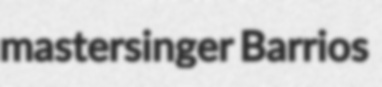
mastersinger Barrios